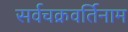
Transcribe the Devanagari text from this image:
सर्वचक्रवर्तिनाम